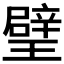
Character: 𤩹